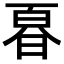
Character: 𭦚